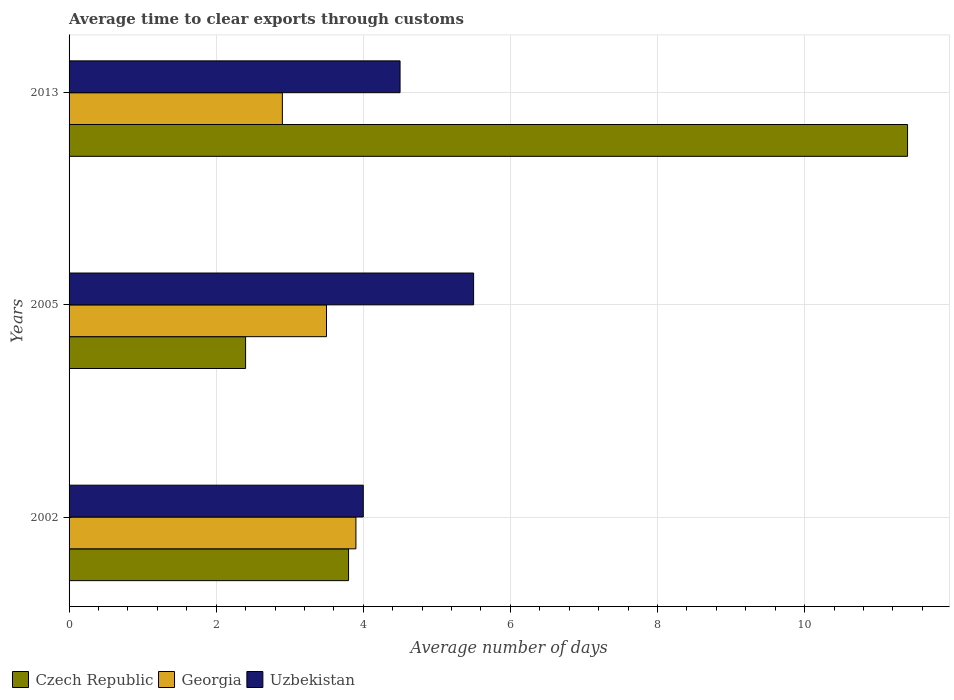
| Years | Czech Republic | Georgia | Uzbekistan |
 | --- | --- | --- | --- |
 | 2002 | 3.8 | 3.9 | 4 |
 | 2005 | 2.4 | 3.5 | 5.5 |
 | 2013 | 11.4 | 2.9 | 4.5 |